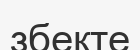
збекте